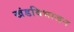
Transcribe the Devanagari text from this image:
खंडविभाजन